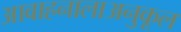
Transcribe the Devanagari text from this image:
आवाहनालाअनुकूल